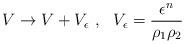
LaTeX: \begin{align*}V \rightarrow V + V_{\epsilon}\,\,,\,\,\,\,V_{\epsilon} = \frac{\epsilon^{n}}{\rho_{1}\rho_{2}}\end{align*}